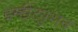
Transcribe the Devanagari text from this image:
इंस्टीट्युशन